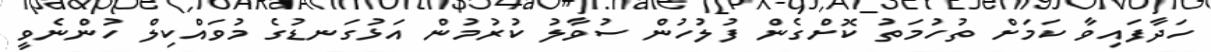
ހަދާފައިވާ ކަމަށް ތުހުމަތު ކޮށްގެން ފުލުހުން ސުވާލު ކުރުމުން އަޅުގަނޑުގެ މުވައްކިލް ހުންނެވީ